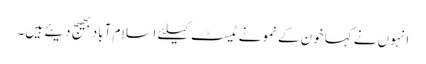
انہوں نے کہاخون کے نمونے ٹیسٹ کیلئے اسلام آبادبھیج دیئے ہیں۔